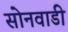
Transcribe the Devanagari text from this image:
सोनवाडी